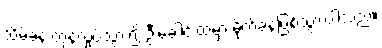
သိမ့်ခနဲ တုန်လှုပ်သွား၍ ဦးခေါင်းထဲမှာ မိုက်ခနဲဖြစ်သွားပါသည်။